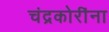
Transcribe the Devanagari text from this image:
चंद्रकोरींना